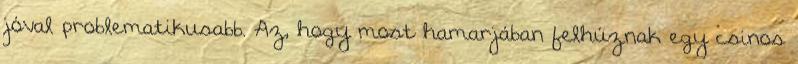
jóval problematikusabb. Az, hogy most hamarjában felhúznak egy csinos